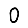
Digit: 0